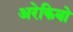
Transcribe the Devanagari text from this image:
अरेकिबो